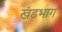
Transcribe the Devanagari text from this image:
खंडभाग